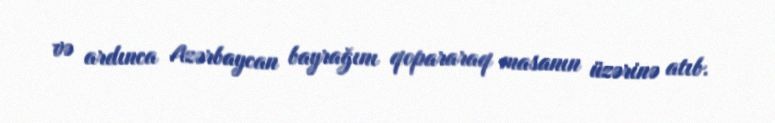
və ardınca Azərbaycan bayrağını qopararaq masanın üzərinə atıb.